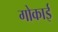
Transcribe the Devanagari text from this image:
गोकाई